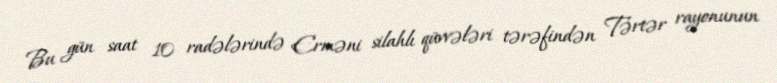
Bu gün saat 10 radələrində Erməni silahlı qüvvələri tərəfindən Tərtər rayonunun